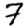
Digit: 7